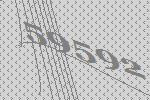
59592